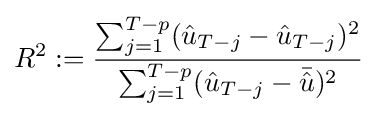
R^{2}:={\frac {\sum _{j=1}^{T-p}({\hat {u}}_{T-j}-{\hat {u}}_{T-j})^{2}}{\sum _{j=1}^{T-p}({\hat {u}}_{T-j}-{\bar {\hat {u}}})^{2}}}